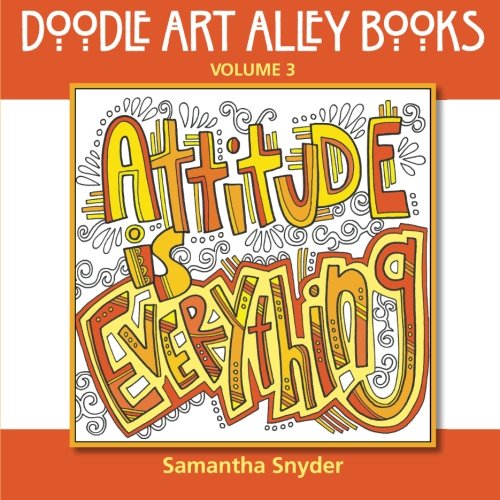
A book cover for Attitude Is Everything (Doodle Art Alley Books) (Volume 3); Samantha Snyder; Crafts, Hobbies & Home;